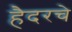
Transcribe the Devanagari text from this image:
हैदरचे